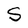
Character: S